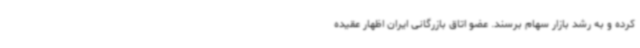
کرده و به رشد بازار سهام برسند. عضو اتاق بازرگانی ایران اظهار عقیده